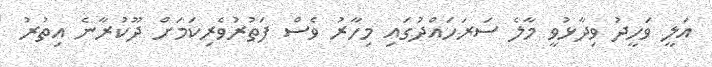
އަލީ ވަހީދު ވިދާޅުވީ މާލެ ސަރަހައްދުގައި މިހާރު ވެސް ފަތުރުވެރިކަމަށް ދޫކުރާނެ އިތުރު